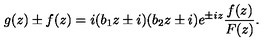
g ( z ) \pm f ( z ) = i ( b _ { 1 } z \pm i ) ( b _ { 2 } z \pm i ) e ^ { \pm i z } \frac { f ( z ) } { F ( z ) } .